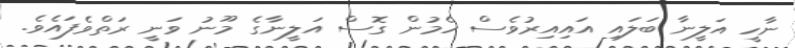
ނާހީ އަލީނާ ބަލައި އައިއިރުވެސް ހެމުން ގޮސް އަލީނާގެ މޫނު ވަނީ ރަތްވެފައެވެ.